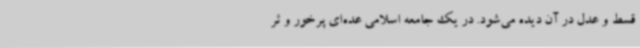
قسط و عدل در آن دیده می‌شود. در یک جامعه اسلامی عده‌ای پرخور و ثر